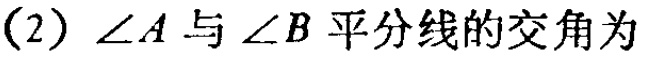
(2)$\angle A$与$\angle B$平分线的交角为